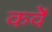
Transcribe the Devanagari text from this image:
कर्वेे